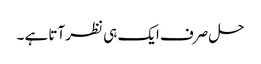
حل صرف ایک ہی نظر آتا ہے ۔